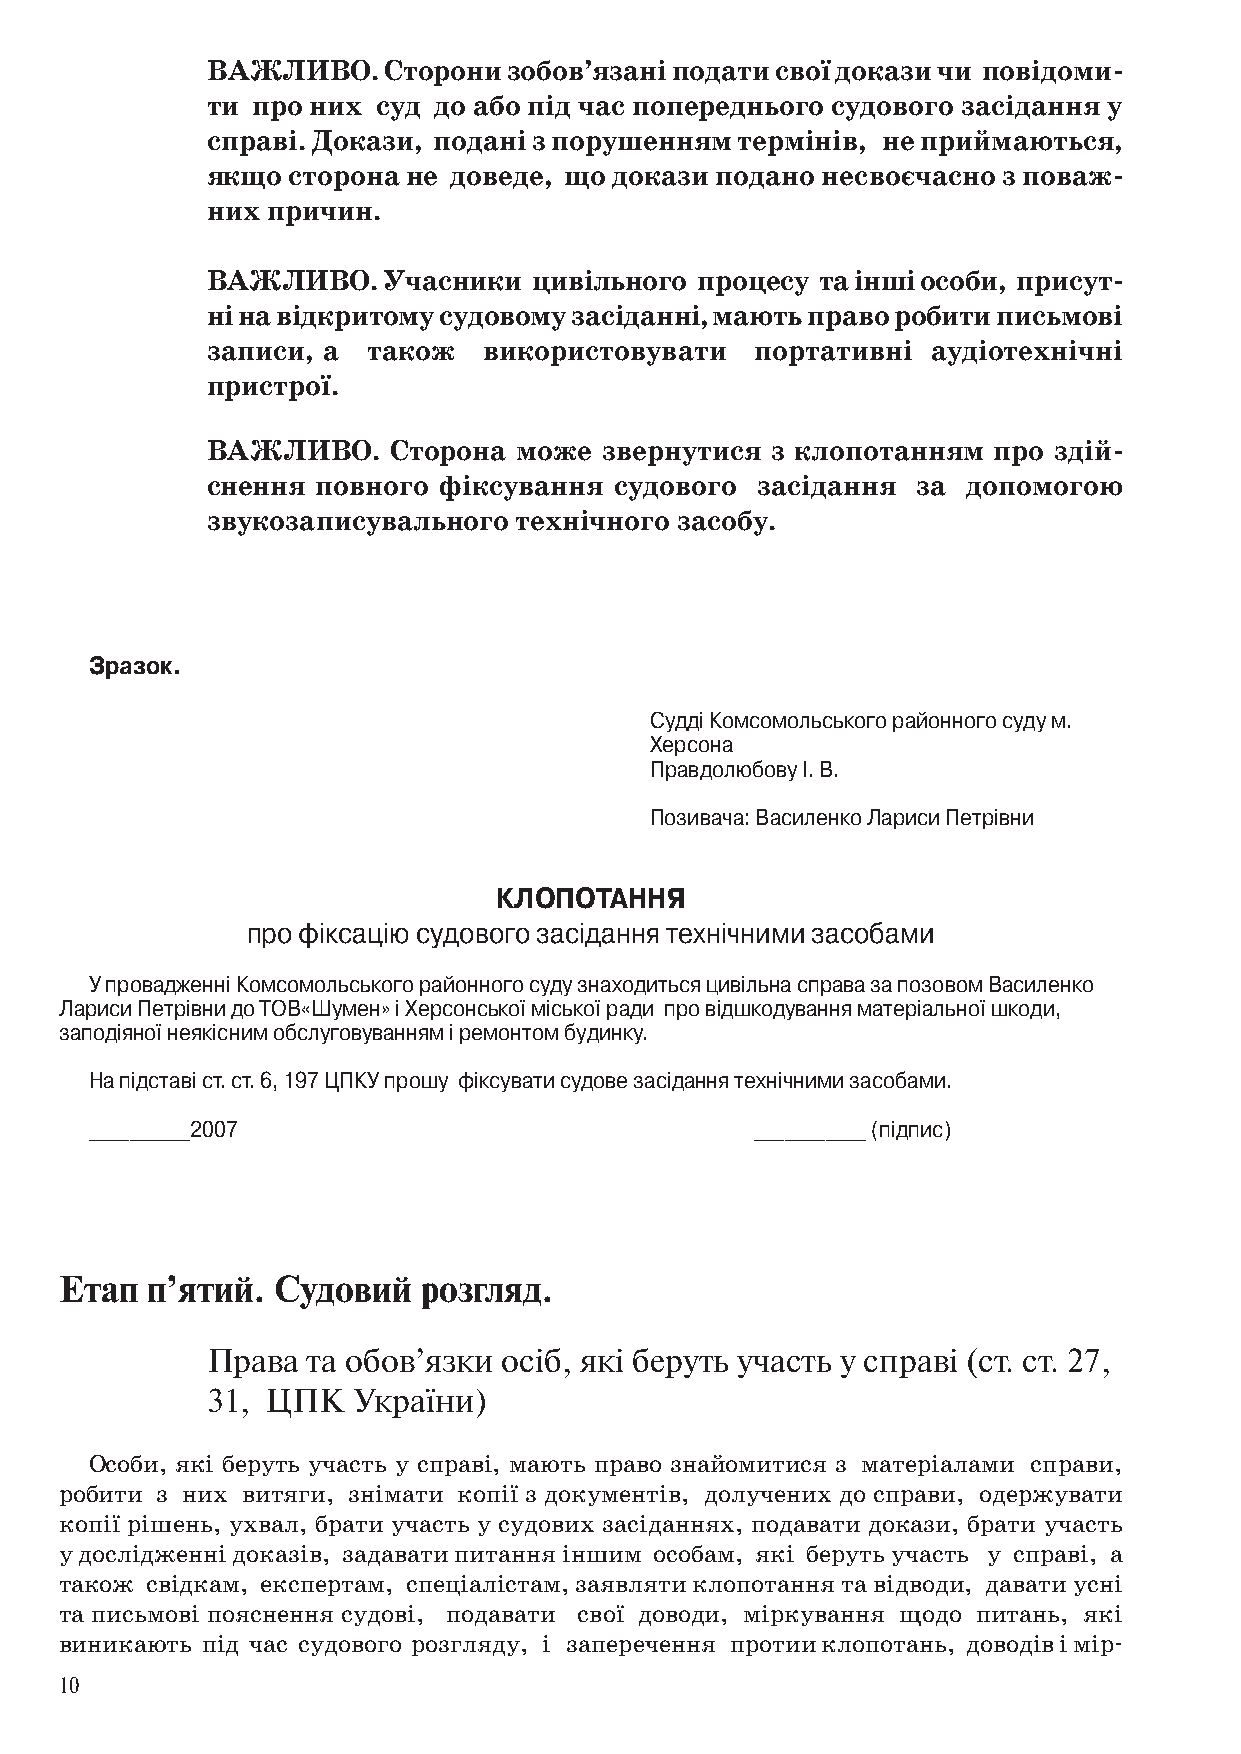
ВАЖЛИВО.   Сторони  зобов’язані подати свої докази чи повідоми-
 ти про них суд до або під час попереднього судового засідання у
 справі. Докази, подані з порушенням термінів, не приймаються,
 якщо сторона не доведе, що докази подано несвоєчасно з поваж-
 них причин.
 ВАЖЛИВО.   Учасники  цивільного процесу та інші особи, присут-
 ні на відкритому судовому засіданні, мають право робити письмові
 записи, а також   використовувати   портативні  аудіотехнічні
 пристрої.
 ВАЖЛИВО.    Сторона може  звернутися з клопотанням  про здій-
 снення повного фіксування  судового засідання  за допомогою
 звукозаписувального технічного засобу.
 Зразок.
 Судді Комсомольського районного суду м.
 Херсона
 Правдолюбову І. В.
 Позивача: Василенко Лариси Петрівни
 КлОПОТаННя
 про фіксацію судового засідання технічними засобами
 У провадженні Комсомольського районного суду знаходиться цивільна справа за позовом Василенко
 Лариси Петрівни до ТОВ«Шумен» і Херсонської міської ради про відшкодування матеріальної шкоди,
 заподіяної неякісним обслуговуванням і ремонтом будинку.
 На підставі ст. ст. 6, 197 ЦПКУ прошу фіксувати судове засідання технічними засобами.
 __________2007                              ___________ (підпис)
 Етап  п’ятий. Судовий   розгляд.
 Права та обов’язки осіб, які беруть участь у справі (ст. ст. ,
 , ЦПК  України)
 Особи, які беруть участь у справі, мають право знайомитися з матеріалами справи,
 робити з них витяги, знімати копії з документів, долучених до справи, одержувати
 копії рішень, ухвал, брати участь у судових засіданнях, подавати докази, брати участь
 у дослідженні доказів, задавати питання іншим особам, які беруть участь у справі, а
 також свідкам, експертам, спеціалістам, заявляти клопотання та відводи, давати усні
 та письмові пояснення судові, подавати свої доводи, міркування щодо питань, які
 виникають під час судового розгляду, і заперечення протии клопотань, доводів і мір-
 0